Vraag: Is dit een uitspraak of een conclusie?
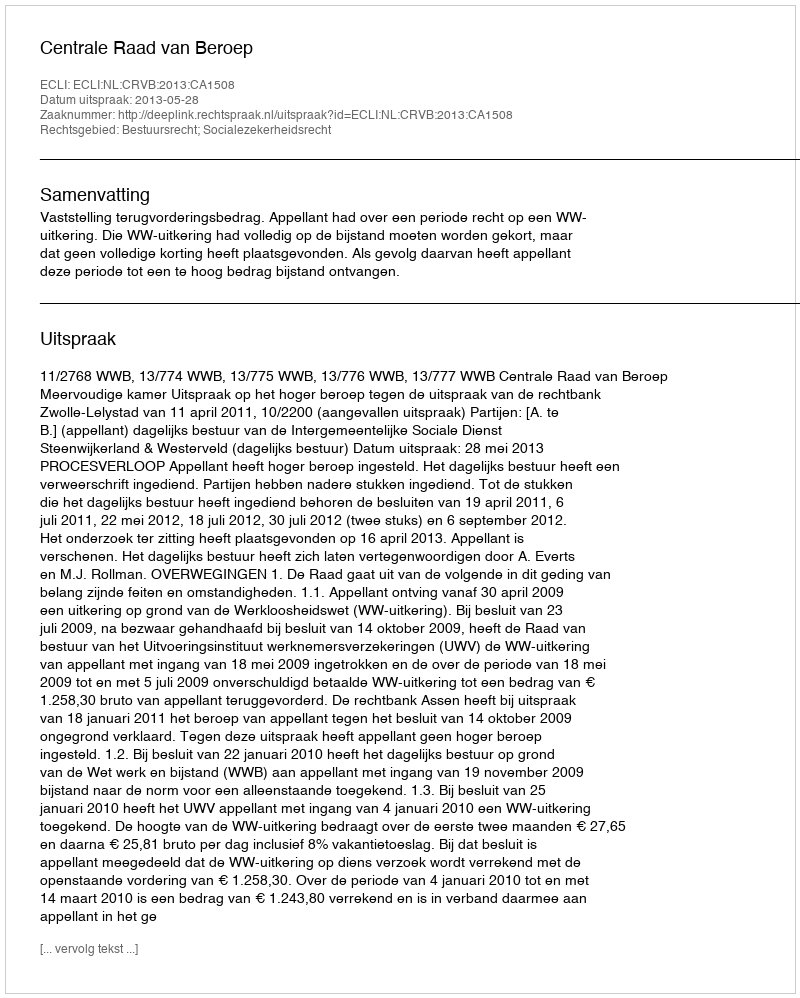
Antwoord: Uitspraak